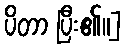
ပိတာ ပြီး၏။]